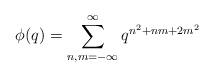
LaTeX: \begin{align*}\phi(q)=\sum^{\infty}_{n,m=-\infty}q^{n^2+nm+2m^2}\end{align*}